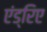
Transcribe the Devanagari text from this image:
एंड्रिए